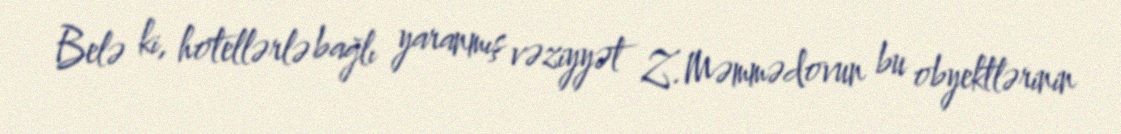
Belə ki, hotellərlə bağlı yaranmış vəziyyət Z.Məmmədovun bu obyektlərinin